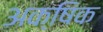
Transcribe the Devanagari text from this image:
अक्षिक